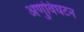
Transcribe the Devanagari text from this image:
अणुविघटन